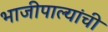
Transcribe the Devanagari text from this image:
भाजीपाल्यांची